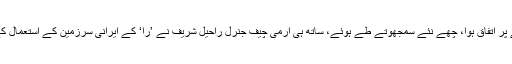
تجارتی حجم بڑھانے پر اتفاق ہوا، چھے نئے سمجھوتے طے ہوئے، ساتھ ہی آرمی چیف جنرل راحیل شریف نے ’را‘ کے ایرانی سرزمین کے استعمال کے معاملے کو اٹھایا۔